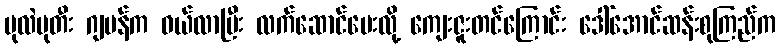
ပုလဲပုတီး ဂျပန်က ဝယ်လာပြီး လက်ဆောင်ပေးလို့ ကျေးဇူးတင်ကြောင်း ဒေါ်အောင်ဆန်းစုကြည်က